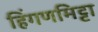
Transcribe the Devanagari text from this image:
हिंगणमिट्टा